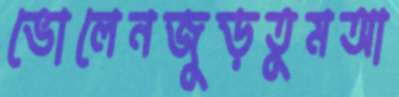
ভোলেনজুড়তুমআ